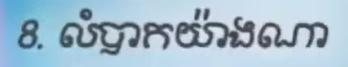
8. លំបាកយ៉ាងណា